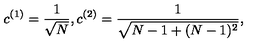
c ^ { ( 1 ) } = \frac { 1 } { \sqrt { N } } , c ^ { ( 2 ) } = \frac { 1 } { \sqrt { N - 1 + ( N - 1 ) ^ { 2 } } } ,